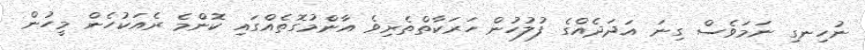
ނުހިނގި ނަމަވެސް ގިނަ އަދަދެއްގެ ފުލުހުން ހަރަކާތްތެރިވެ އާންމުގޮތެއްގައި ކޮންމެ ރެއަކުހެން މީހުން